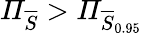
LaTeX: \mathit{\Pi}_{\overline{{S}}}>\mathit{\Pi}_{\overline{{S}}_{0.95}}